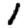
Digit: 1